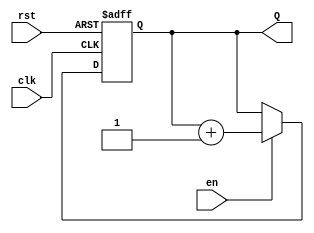
module binary_up_counter (
    input wire clk,       // Clock signal
    input wire rst,       // Active-high reset signal
    input wire en,        // Enable signal
    output reg [N-1:0] Q  // Counter output (N-bit wide)
);
    parameter N = 4; // Number of bits for the counter (adjust as needed)

    // Always block triggered on the rising edge of the clock
    always @(posedge clk or posedge rst) begin
        if (rst) begin
            Q <= 0; // Reset the counter to zero
        end else if (en) begin
            Q <= Q + 1; // Increment the counter
        end
    end
endmodule